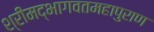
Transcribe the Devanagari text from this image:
श्रीमद्भागवतमहापुराण